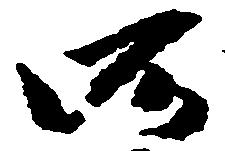
所